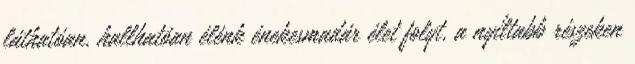
láthatóan, hallhatóan élénk énekesmadár élet folyt, a nyíltabb részeken